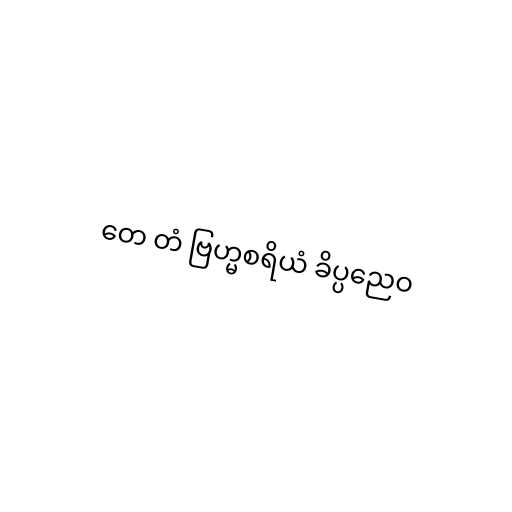
တေ တံ ဗြဟ္မစရိယံ ခိပ္ပညေဝ